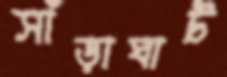
সাঁড়াঘাট